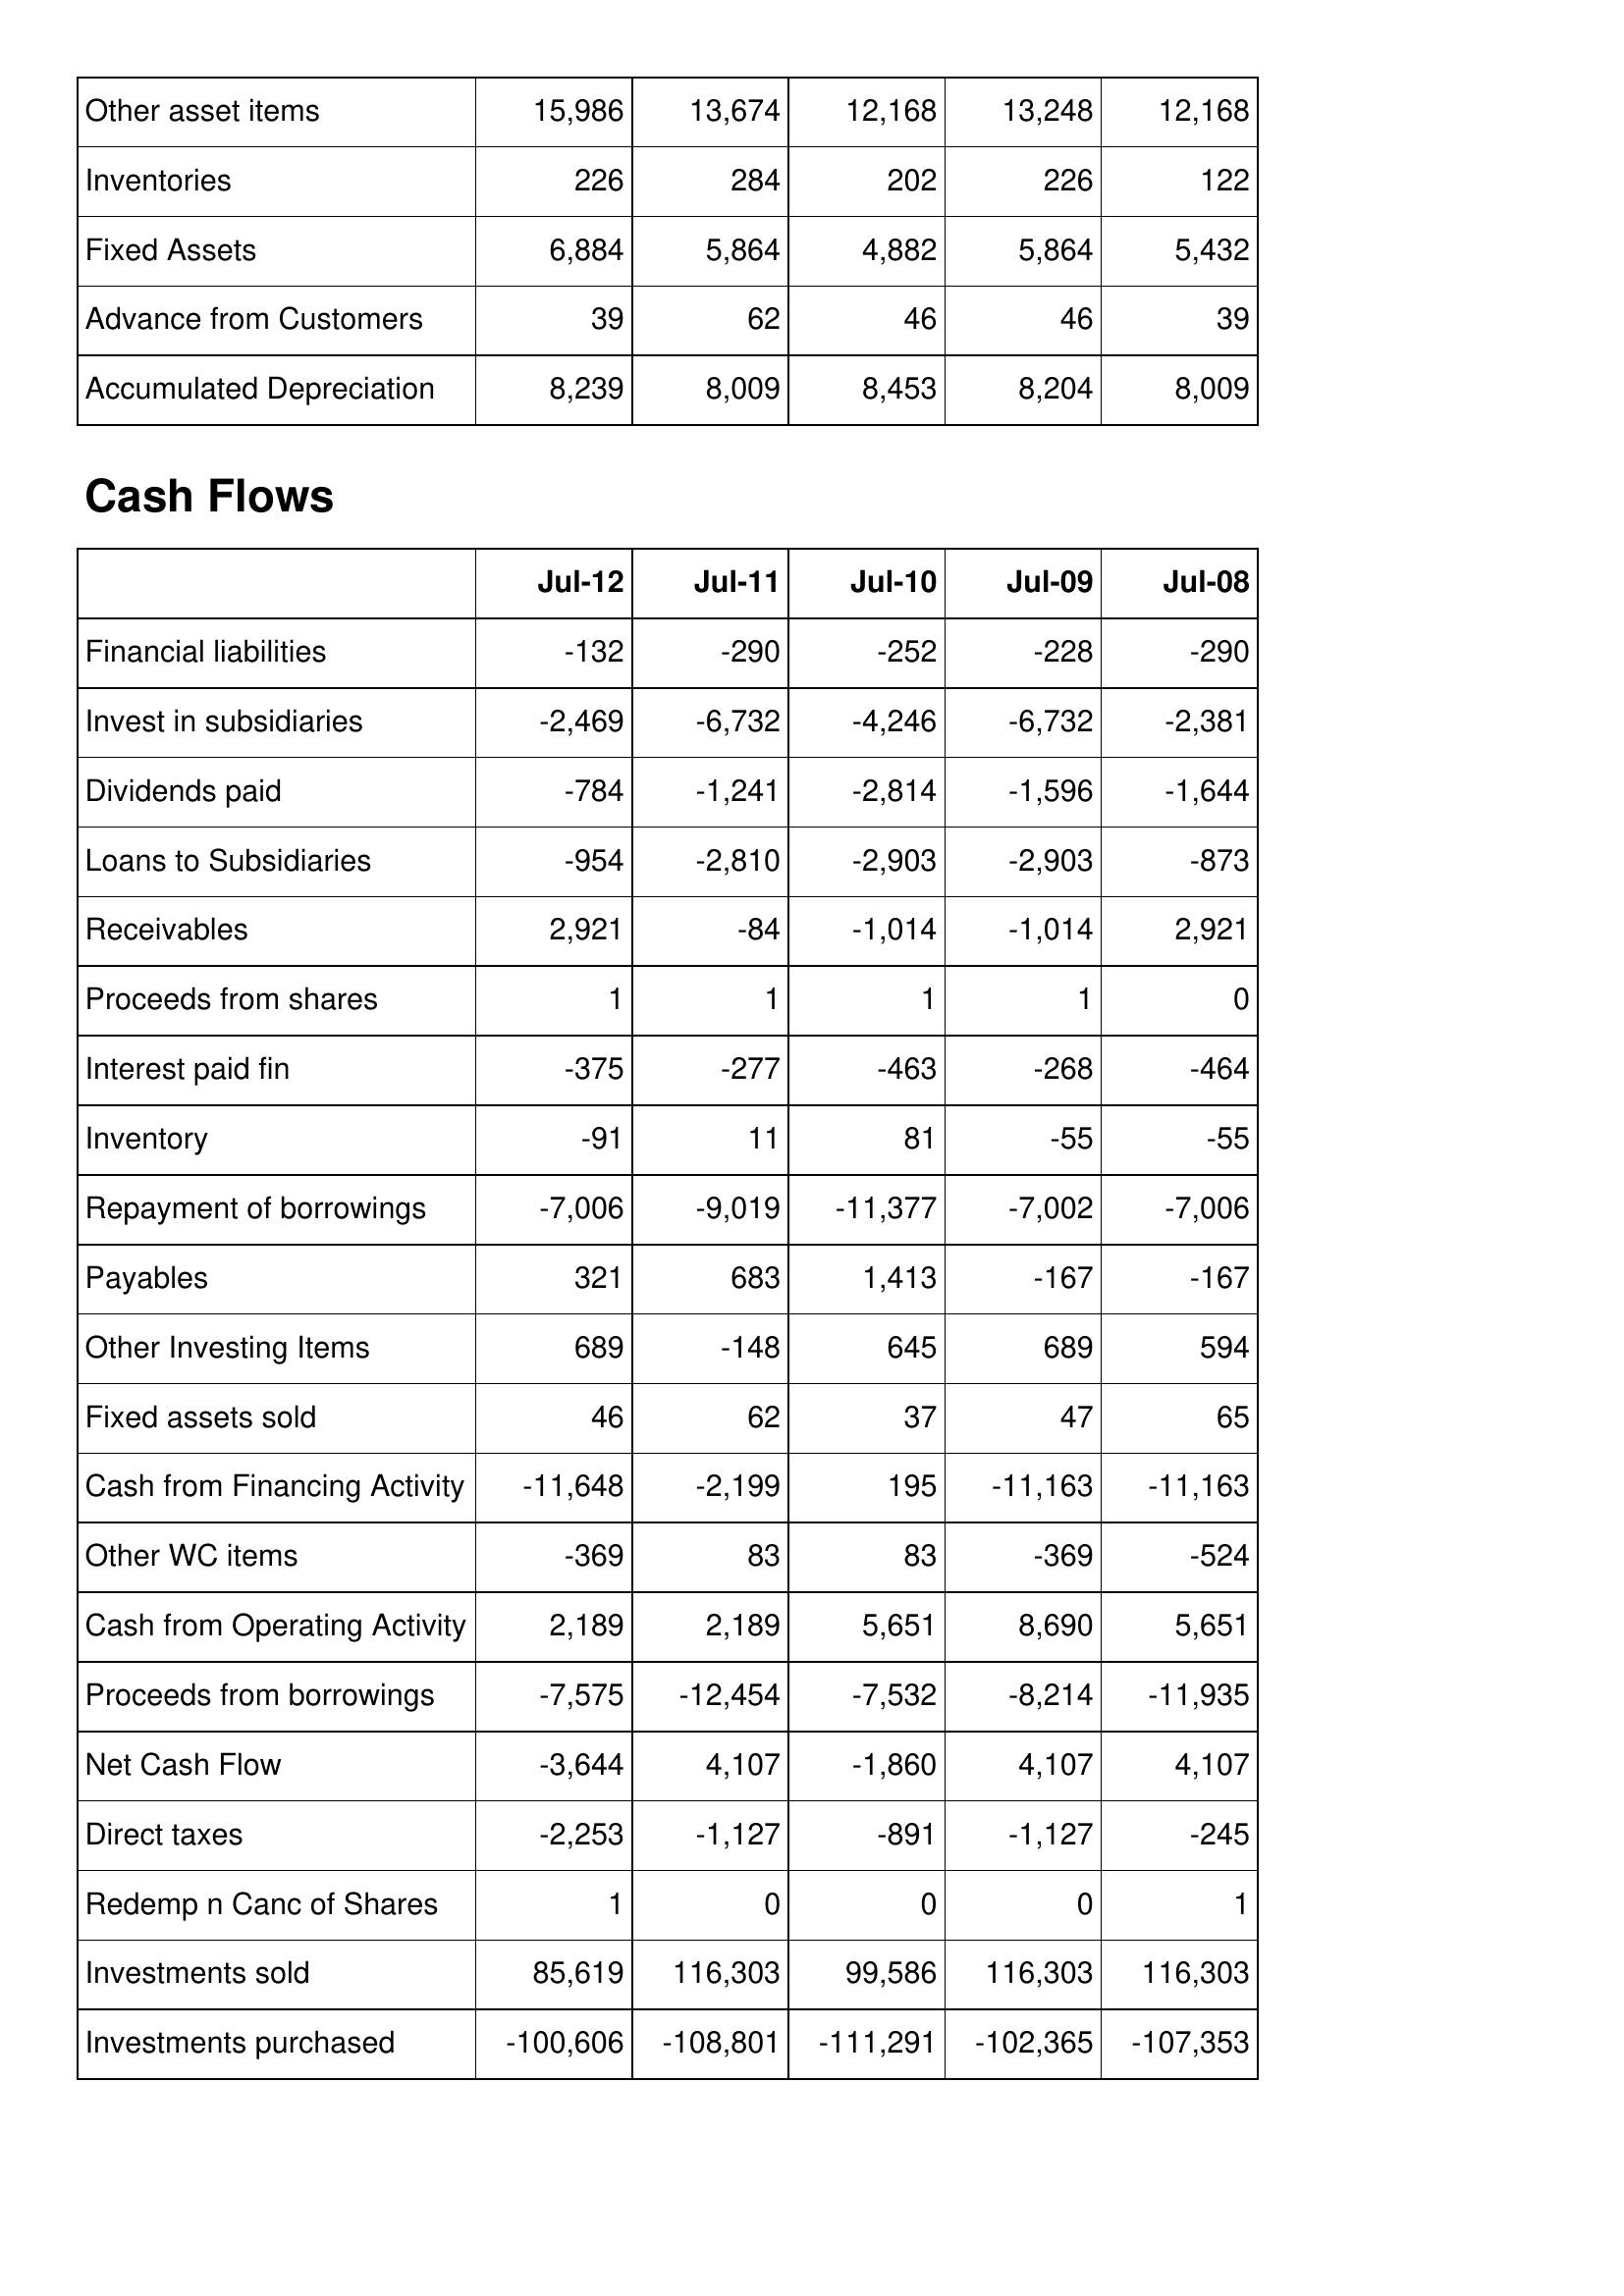
Jul-12: Balance Sheet: Other asset items: 15,986
Inventories: 226
Fixed Assets: 6,884
Advance from Customers: 39
Accumulated Depreciation: 8,239
Cash Flows: Financial liabilities: -132
Invest in subsidiaries: -2,469
Dividends paid: -784
Loans to Subsidiaries: -954
Receivables: 2,921
Proceeds from shares: 1
Interest paid fin: -375
Inventory: -91
Repayment of borrowings: -7,006
Payables: 321
Other Investing Items: 689
Fixed assets sold: 46
Cash from Financing Activity: -11,648
Other WC items: -369
Cash from Operating Activity: 2,189
Proceeds from borrowings: -7,575
Net Cash Flow: -3,644
Direct taxes: -2,253
Redemp n Canc of Shares: 1
Investments sold: 85,619
Investments purchased: -100,606
Jul-11: Balance Sheet: Other asset items: 13,674
Inventories: 284
Fixed Assets: 5,864
Advance from Customers: 62
Accumulated Depreciation: 8,009
Cash Flows: Financial liabilities: -290
Invest in subsidiaries: -6,732
Dividends paid: -1,241
Loans to Subsidiaries: -2,810
Receivables: -84
Proceeds from shares: 1
Interest paid fin: -277
Inventory: 11
Repayment of borrowings: -9,019
Payables: 683
Other Investing Items: -148
Fixed assets sold: 62
Cash from Financing Activity: -2,199
Other WC items: 83
Cash from Operating Activity: 2,189
Proceeds from borrowings: -12,454
Net Cash Flow: 4,107
Direct taxes: -1,127
Redemp n Canc of Shares: 0
Investments sold: 116,303
Investments purchased: -108,801
Jul-10: Balance Sheet: Other asset items: 12,168
Inventories: 202
Fixed Assets: 4,882
Advance from Customers: 46
Accumulated Depreciation: 8,453
Cash Flows: Financial liabilities: -252
Invest in subsidiaries: -4,246
Dividends paid: -2,814
Loans to Subsidiaries: -2,903
Receivables: -1,014
Proceeds from shares: 1
Interest paid fin: -463
Inventory: 81
Repayment of borrowings: -11,377
Payables: 1,413
Other Investing Items: 645
Fixed assets sold: 37
Cash from Financing Activity: 195
Other WC items: 83
Cash from Operating Activity: 5,651
Proceeds from borrowings: -7,532
Net Cash Flow: -1,860
Direct taxes: -891
Redemp n Canc of Shares: 0
Investments sold: 99,586
Investments purchased: -111,291
Jul-09: Balance Sheet: Other asset items: 13,248
Inventories: 226
Fixed Assets: 5,864
Advance from Customers: 46
Accumulated Depreciation: 8,204
Cash Flows: Financial liabilities: -228
Invest in subsidiaries: -6,732
Dividends paid: -1,596
Loans to Subsidiaries: -2,903
Receivables: -1,014
Proceeds from shares: 1
Interest paid fin: -268
Inventory: -55
Repayment of borrowings: -7,002
Payables: -167
Other Investing Items: 689
Fixed assets sold: 47
Cash from Financing Activity: -11,163
Other WC items: -369
Cash from Operating Activity: 8,690
Proceeds from borrowings: -8,214
Net Cash Flow: 4,107
Direct taxes: -1,127
Redemp n Canc of Shares: 0
Investments sold: 116,303
Investments purchased: -102,365
Jul-08: Balance Sheet: Other asset items: 12,168
Inventories: 122
Fixed Assets: 5,432
Advance from Customers: 39
Accumulated Depreciation: 8,009
Cash Flows: Financial liabilities: -290
Invest in subsidiaries: -2,381
Dividends paid: -1,644
Loans to Subsidiaries: -873
Receivables: 2,921
Proceeds from shares: 0
Interest paid fin: -464
Inventory: -55
Repayment of borrowings: -7,006
Payables: -167
Other Investing Items: 594
Fixed assets sold: 65
Cash from Financing Activity: -11,163
Other WC items: -524
Cash from Operating Activity: 5,651
Proceeds from borrowings: -11,935
Net Cash Flow: 4,107
Direct taxes: -245
Redemp n Canc of Shares: 1
Investments sold: 116,303
Investments purchased: -107,353